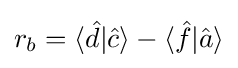
r_{b}=\langle {\hat {d}}|{\hat {c}}\rangle -\langle {\hat {f}}|{\hat {a}}\rangle